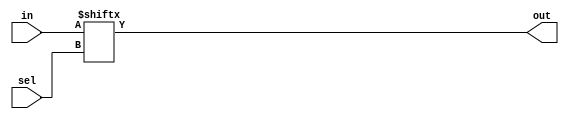
// Vector indices can be variable, as long as the synthesizer can figure out that the width of the bits being selected is constant. 
// In particular, selecting one bit out of a vector using a variable index will work.
module top_module( 
    input [255:0] in,
    input [7:0] sel,
    output out );

    assign out = in[sel];
    
endmodule